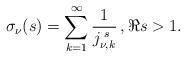
LaTeX: \begin{align*}\sigma_{\nu}(s)=\sum_{k=1}^{\infty}\frac{1}{j_{\nu,k}^{\,\, s}}\,,\Re s>1.\end{align*}